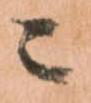
ニ